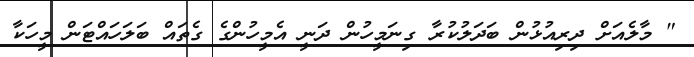
" މާލެއަށް ދިރިއުޅުން ބަދަލުކުރާ ގިނަމީހުން ދަނީ އެމީހުންގެ ގެތައް ބަލަހައްޓަން މީހަކާ